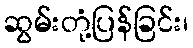
ဆွမ်းတုံ့ပြန်ခြင်း၊